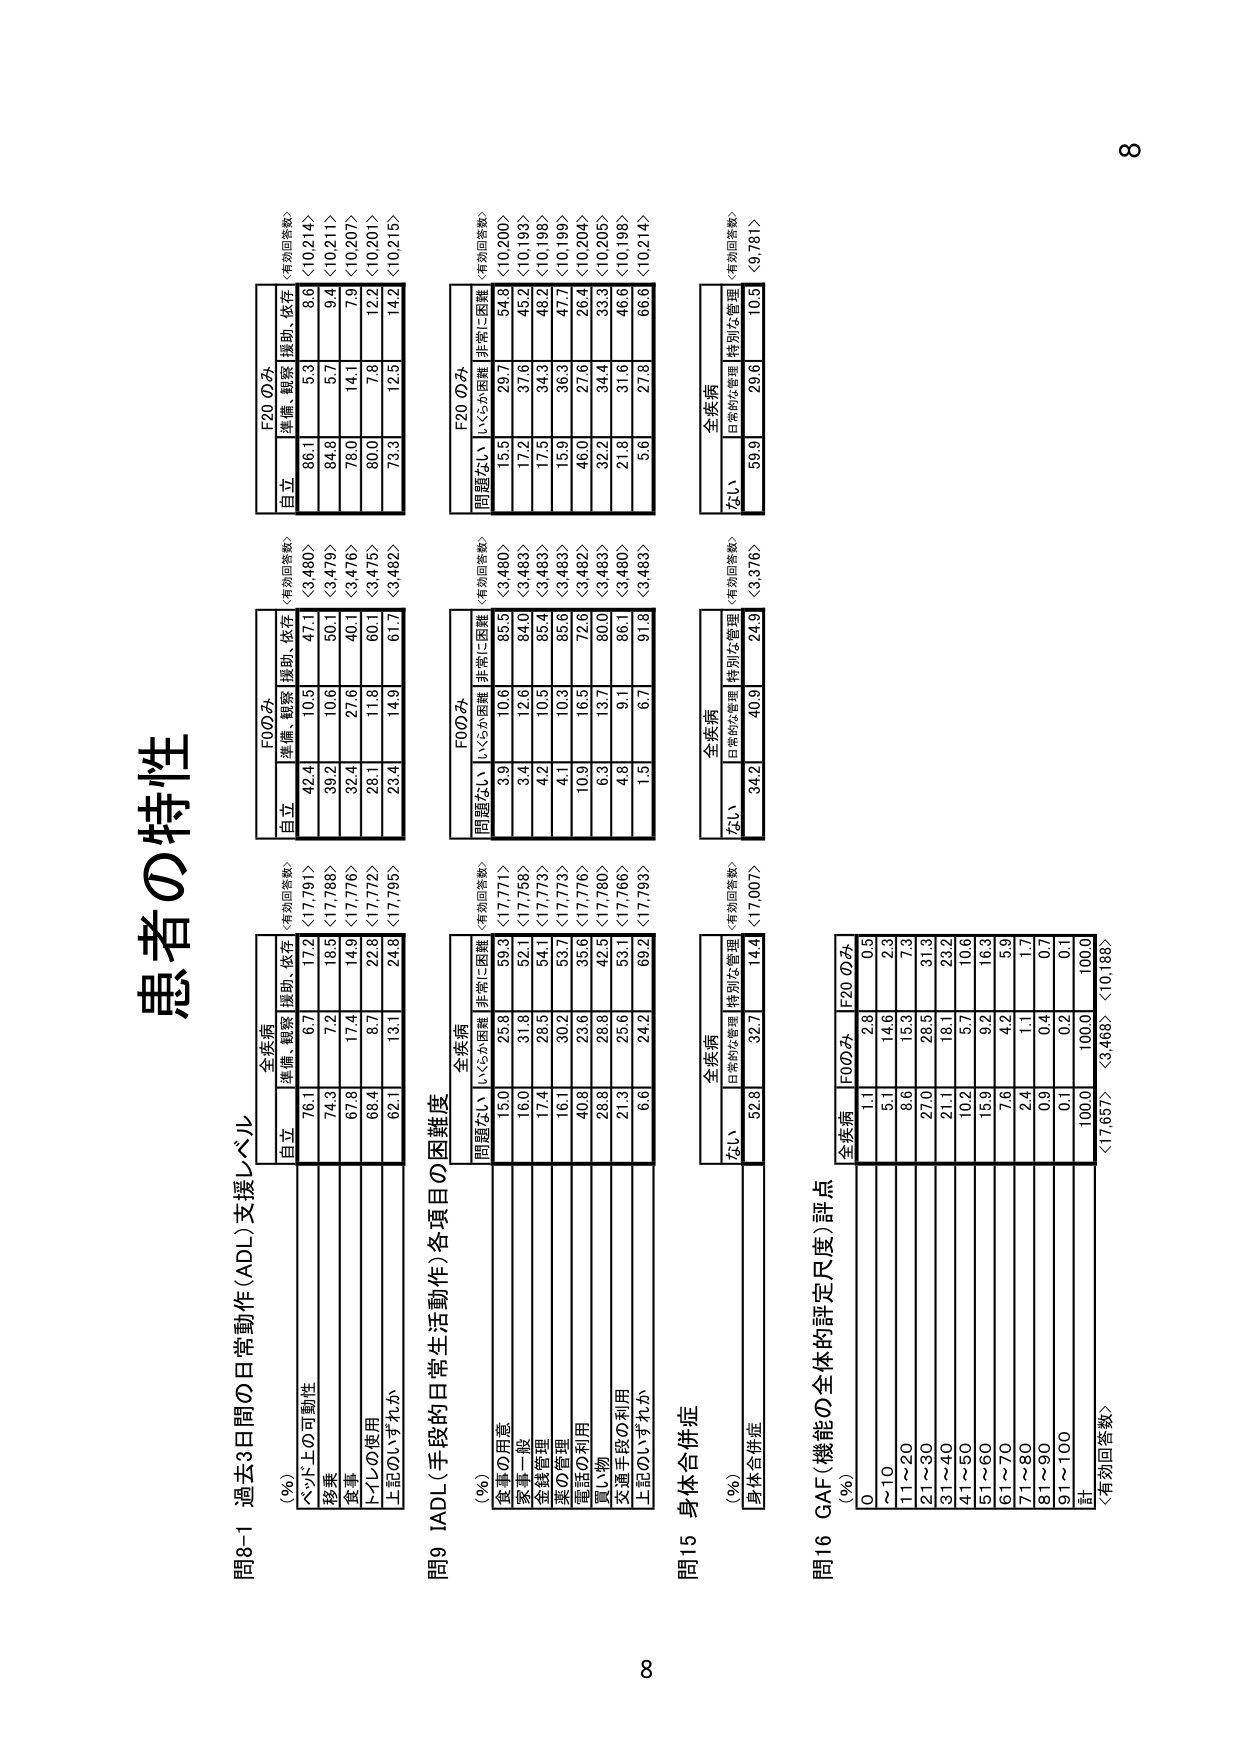
患者の特性

問8-1 過去3日間の日常動作(ADL)支援レベル
(%) 〈有効回答数〉
全疾病
自立 準備・観察 援助・依存
ベッド上の可動性 76.1 6.7 17.2 〈17,791〉
移乗 74.3 7.2 18.5 〈17,788〉
食事 67.8 17.4 14.9 〈17,776〉
トイレの使用 68.4 8.7 22.8 〈17,772〉
上記のいずれか 62.1 13.1 24.8 〈17,795〉

F00のみ
自立 準備・観察 援助・依存
ベッド上の可動性 42.4 10.5 47.1 〈3,480〉
移乗 39.2 10.6 50.1 〈3,479〉
食事 32.4 27.6 40.1 〈3,476〉
トイレの使用 28.1 11.8 60.1 〈3,475〉
上記のいずれか 23.4 14.9 61.7 〈3,482〉

F20のみ
自立 準備・観察 援助・依存
ベッド上の可動性 86.1 5.3 8.6 〈10,214〉
移乗 84.8 5.7 9.4 〈10,211〉
食事 78.0 14.1 7.9 〈10,207〉
トイレの使用 80.0 7.8 12.2 〈10,201〉
上記のいずれか 73.3 12.5 14.2 〈10,215〉

問9 IADL(手段的日常生活動作)各項目の困難度
(%) 〈有効回答数〉
全疾病
問題ない いくらか困難 非常に困難
食事の用意 15.0 25.8 59.3 〈17,771〉
家事一般 16.0 31.8 52.1 〈17,758〉
金銭管理 17.4 28.3 54.1 〈17,773〉
薬の管理 16.1 30.2 53.7 〈17,773〉
電話の利用 40.8 23.6 35.6 〈17,776〉
買い物 28.8 28.8 42.5 〈17,780〉
交通手段の利用 21.3 25.6 53.1 〈17,766〉
上記のいずれか 6.6 24.2 69.2 〈17,793〉

F00のみ
問題ない いくらか困難 非常に困難
食事の用意 3.9 10.6 85.5 〈3,480〉
家事一般 3.4 12.6 84.0 〈3,483〉
金銭管理 4.2 10.3 85.4 〈3,483〉
薬の管理 4.1 10.3 85.6 〈3,483〉
電話の利用 10.9 16.5 72.6 〈3,482〉
買い物 6.3 13.7 80.0 〈3,483〉
交通手段の利用 4.8 9.1 86.1 〈3,480〉
上記のいずれか 1.5 6.7 91.8 〈3,483〉

F20のみ
問題ない いくらか困難 非常に困難
食事の用意 15.5 29.7 54.8 〈10,200〉
家事一般 17.2 37.6 45.2 〈10,193〉
金銭管理 17.3 34.3 48.2 〈10,198〉
薬の管理 15.9 36.3 47.7 〈10,199〉
電話の利用 46.0 27.6 26.4 〈10,204〉
買い物 32.2 34.4 33.3 〈10,205〉
交通手段の利用 21.8 31.6 46.6 〈10,198〉
上記のいずれか 5.6 27.8 66.6 〈10,214〉

問15 身体合併症
(%) 〈有効回答数〉
全疾病
ない 日常的な管理 特別な管理
身体合併症 52.8 32.7 14.4 〈17,007〉

全疾病
ない 日常的な管理 特別な管理
身体合併症 34.2 40.9 24.9 〈3,376〉

全疾病
ない 日常的な管理 特別な管理
身体合併症 59.9 29.6 10.5 〈9,781〉

問16 GAF（機能の全体的評定尺度）評点
(%) 〈有効回答数〉
全疾病 F00み F20のみ
0 1.1 2.8 0.5
～10 5.1 14.6 2.3
11～20 8.6 15.3 7.3
21～30 27.0 28.5 31.3
31～40 21.1 18.1 23.2
41～50 10.2 5.7 10.6
51～60 15.9 9.2 16.3
61～70 7.6 4.2 8.9
71～80 2.4 1.1 1.7
81～90 0.9 0.4 0.7
91～100 0.1 0.2 0.1
計 100.0 100.0 100.0
〈17,657〉 〈3,468〉 〈10,188〉

89